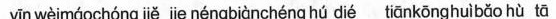
yīn wèimáochóng jiě je néngbiànchéng hú dié tiānkōnghuìbǎo hù tā